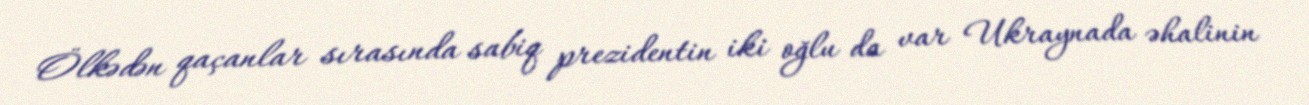
Ölkədən qaçanlar sırasında sabiq prezidentin iki oğlu da var Ukraynada əhalinin